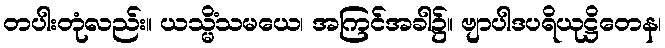
တပါးတုံလည်း။ ယသ္မိံသမယေ၊ အကြင်အခါ၌။ ဗျာပါဒပရိယုဋ္ဌိတေန၊